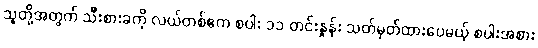
သူတို့အတွက် သီးစားခကို လယ်တစ်ဧက စပါး ၁၁ တင်းနှုန်း သတ်မှတ်ထားပေမယ့် စပါးအစား